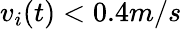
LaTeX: v_{i}(t)<0.4m/s